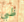
ظبي